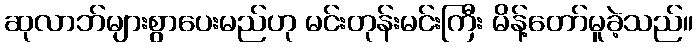
ဆုလာဘ်များစွာပေးမည်ဟု မင်းတုန်းမင်းကြီး မိန့်တော်မူခဲ့သည်။